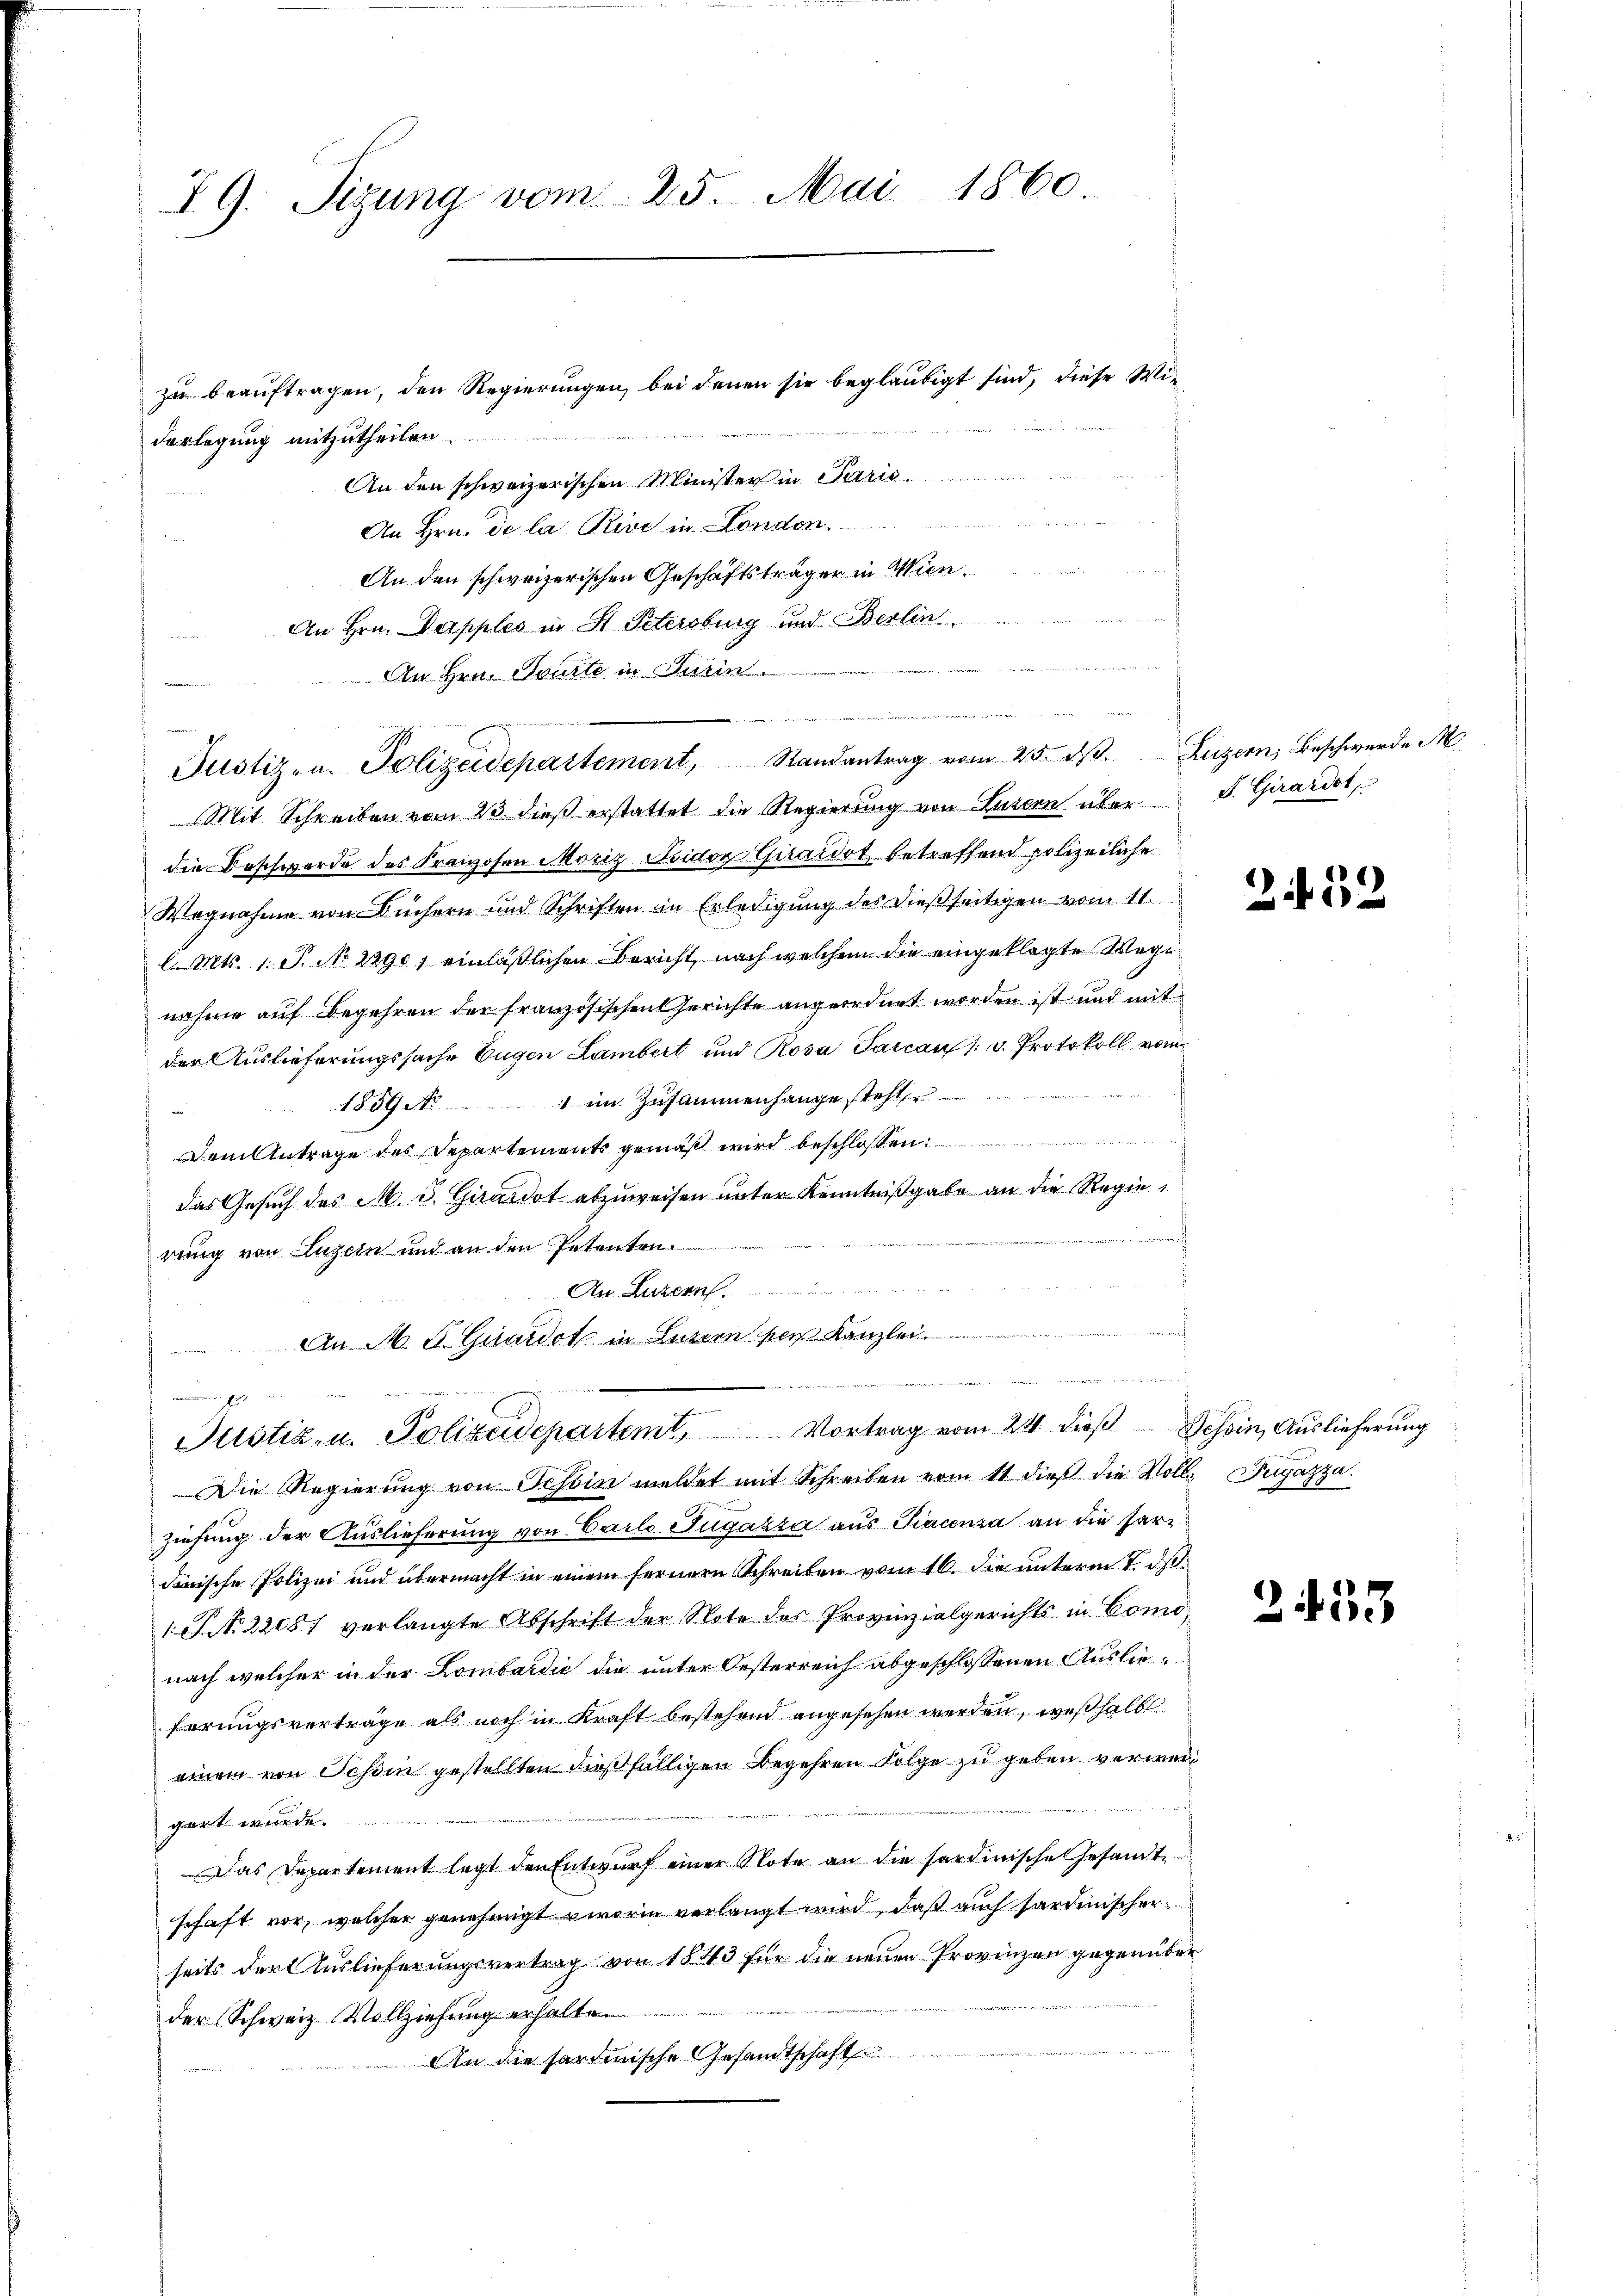
19. Sizung vom 25. Mai 1860

zu beauftragen, den Regierungen, bei denen sie beglaubigt sind, diese Widarlegung mitzutheilen.
An den schweizerischen Minister in Paris
An Hrn. De la Rive in London
An den schweizerischen Geschäftsträger in Min.
An Hrn. Dapples in St. Petersburg und Berlin
e
An Hrn. Tourte in Turin
Justiz- u. Polizeidepartement, Randantrag vom 25. dβ. Luzern, Beschwerde M
Mit Schreiben vom 23. dieß erstattet die Regierung von Luzern über F. Girardot,
die Beschwerde des Franzosen Moriz Fridor Giraidet, betreffend polizeiliche
Wegnahme von Büchern und Schriften in Erledigung des dießseitigen vom 11.
 Mts. 1. S. No 22907 einläßlichen Bericht, nach welchem die eingeklagte Wege
nahme auf Begehren der französischen Gerichte angeordnet worden ist und mit
der Auslieferungssache Eugen Lambert und Rosa Sarcan : v. Protokoll vom
1859 No 1 im Zusammenhange steht.
Dem Antrage des Departements gemäß wird beschlossen:
das Gesuch des M. 3. Girardt abzuweisen unter Kenntnißgabe an die Regierung von Luzern und an den Petenten.
An Luzern
An M. G. Guardot in Luzern pers Kanzlei.
.
Justiz- u. Polizeidepartemt Vortrag vom 21. dieβ Schein, Auslieferung
Die Regierŭng von Tessin meldet mit Schreiben vom 11. dieβ die Voll- Dugazza
ziehung der Auslieferung von Carlo Tugazza aus Giacenza an die hardinische Polizei und übermacht in einem fernern Schreiben vom 16. die unterm 7. dß.
1 J. N. 22081 verlangte Abschrift der Note des Provinzialgerichts in Comonach welcher in der Lombardić die unter Oesterreich abgeschlossenen Auslieferungsverträge als noch in Kraft bestehend angesehen werden, weßhalb
einem von Schön gestellten dießfälligen Begehren Folge zu geben verweid
gart wurde.
Das Departement legt den Entwurf einer Note an die sardinische Gesandtschaft vor, welcher genehmigt worin verlangt wird, daß auch sardinischer
seits dort Auslieferungsvertrag von 1843 für die neuen Provinzen gegenüber
der Schweiz. Vollziehung erhalte.
An die sardinische Gesandtschaft

2452

2453